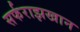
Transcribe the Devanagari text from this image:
सर्फराझखान